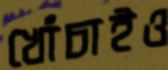
খোঁচাইও